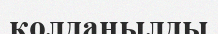
қолданылды